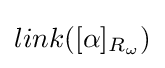
link([\alpha ]_{R_{\omega }})